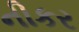
નીકર